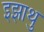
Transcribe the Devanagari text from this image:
इझाथु